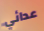
عدائي